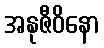
အနုဇီဝိနော